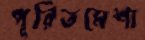
পূরিতমেশা